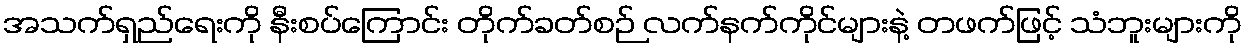
အသက်ရှည်ရေးကို နီးစပ်ကြောင်း တိုက်ခတ်စဉ် လက်နက်ကိုင်များနဲ့ တဖက်ဖြင့် သံဘူးများကို